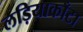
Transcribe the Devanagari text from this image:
लड़ियाकाँटा